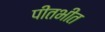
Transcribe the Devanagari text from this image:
पीतभीत